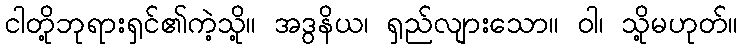
ငါတို့ဘုရားရှင်၏ကဲ့သို့။ အဒွနိယ၊ ရှည်လျားသော။ ဝါ၊ သို့မဟုတ်။